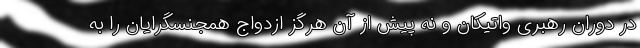
در دوران رهبری واتیکان و نه پیش از آن هرگز ازدواج همجنسگرایان را به